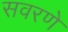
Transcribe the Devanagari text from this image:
सवरणे